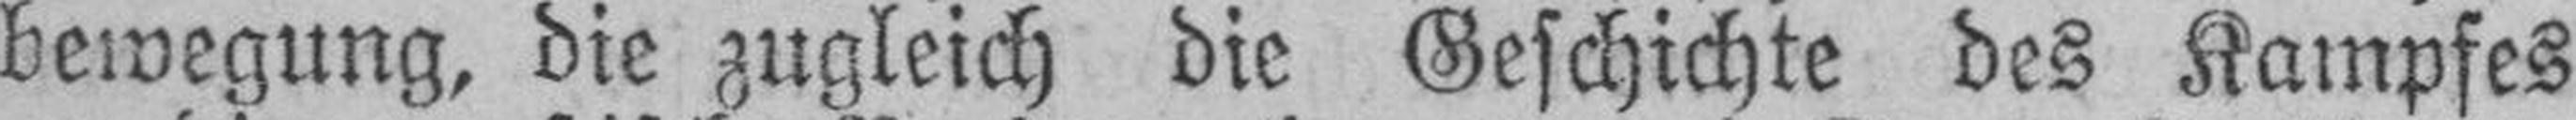
bewegung, die zugleich die Geschichte des Kampfes